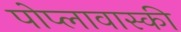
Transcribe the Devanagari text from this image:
पोप्लावास्की